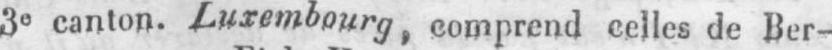
3e canton. Luxembourg, comprend celles de Ber-